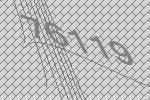
76119